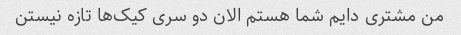
من مشتری دایم شما هستم الان دو سری کیک‌ها تازه نیستن